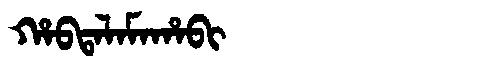
Manchu: ᡥᠠᠪᡨᠠᠯᠠᠮᠠᡥᠠᠪᡳ
Romanization: HABTALAMAHABI